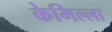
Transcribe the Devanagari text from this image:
केमिल्ला